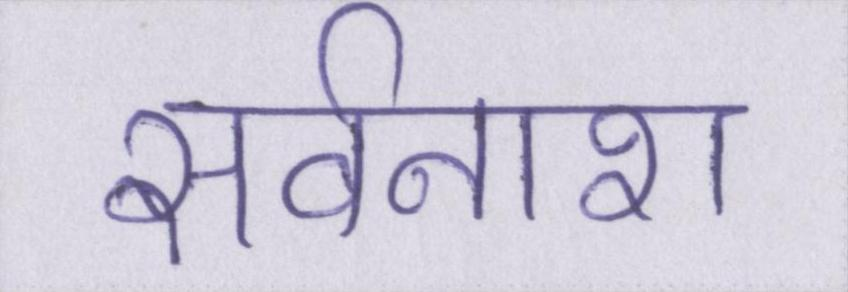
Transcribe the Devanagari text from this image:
सर्वनाश